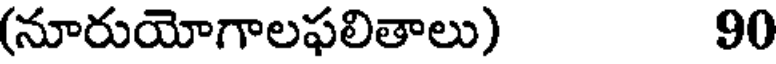
(నూరుయోగాలఫలితాలు) 90